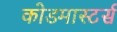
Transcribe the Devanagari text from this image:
कोडमास्टर्स